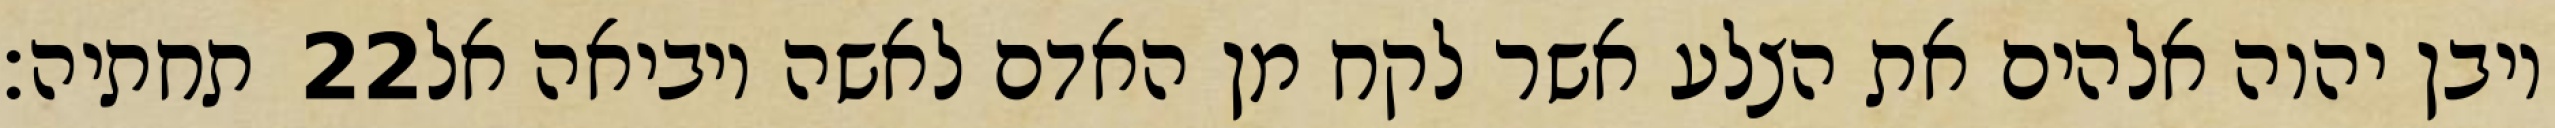
תחתיה׃ ‎22‏ ויבן יהוה אלהים את הצלע אשר לקח מן האדם לאשה ויביאה אל